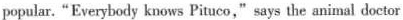
popular. “Everybody knows Pituco," says the animal doctor